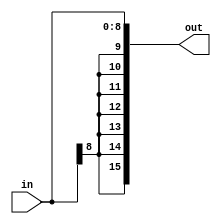
module SE816(in,out);
input [8:0] in;
output [15:0] out;

assign out={{7{in[8]}},in};

endmodule